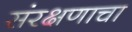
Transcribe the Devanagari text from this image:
संरक्षणाचा